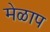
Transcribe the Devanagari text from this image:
मेळाप